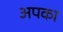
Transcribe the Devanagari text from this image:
अपका